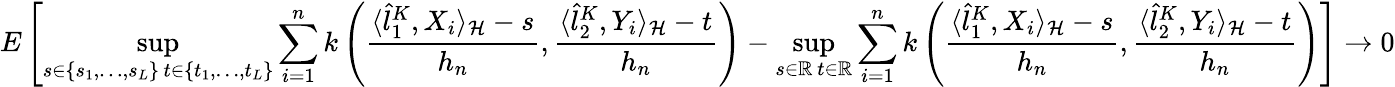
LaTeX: E\left[\operatorname*{sup}_{\substack{s\in\{ s_{1},\ldots,s_{L}\} \, t\in\{ t_{1},\ldots,t_{L}\} }}\sum_{i=1}^{n}k\left(\frac{\langle\hat{l}_{1}^{K},X_{i}\rangle_{\cal{H}}-s}{h_{n}},\frac{\langle\hat{l}_{2}^{K},Y_{i}\rangle_{\cal{H}}-t}{h_{n}}\right)-\operatorname*{sup}_{\substack{s\in\mathbb{R}\, t\in\mathbb{R}}}\sum_{i=1}^{n}k\left(\frac{\langle\hat{l}_{1}^{K},X_{i}\rangle_{\cal{H}}-s}{h_{n}},\frac{\langle\hat{l}_{2}^{K},Y_{i}\rangle_{\cal{H}}-t}{h_{n}}\right)\right]\rightarrow 0